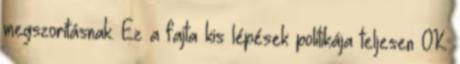
megszorításnak. Ez a fajta kis lépések politikája teljesen OK